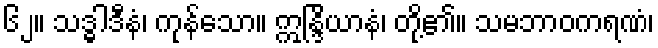
၆၂။ သဒ္ဓါဒီနံ၊ ကုန်သော။ ဣန္ဒြိယာနံ၊ တို့၏။ သမဘာဝကရဏံ၊